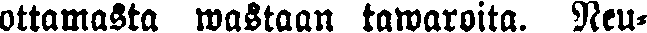
ottamasta wastaan tawaroita. Neu-